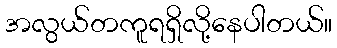
အလွယ်တကူရရှိလို့နေပါတယ်။